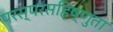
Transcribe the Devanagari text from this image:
परस्परसहिष्णुता